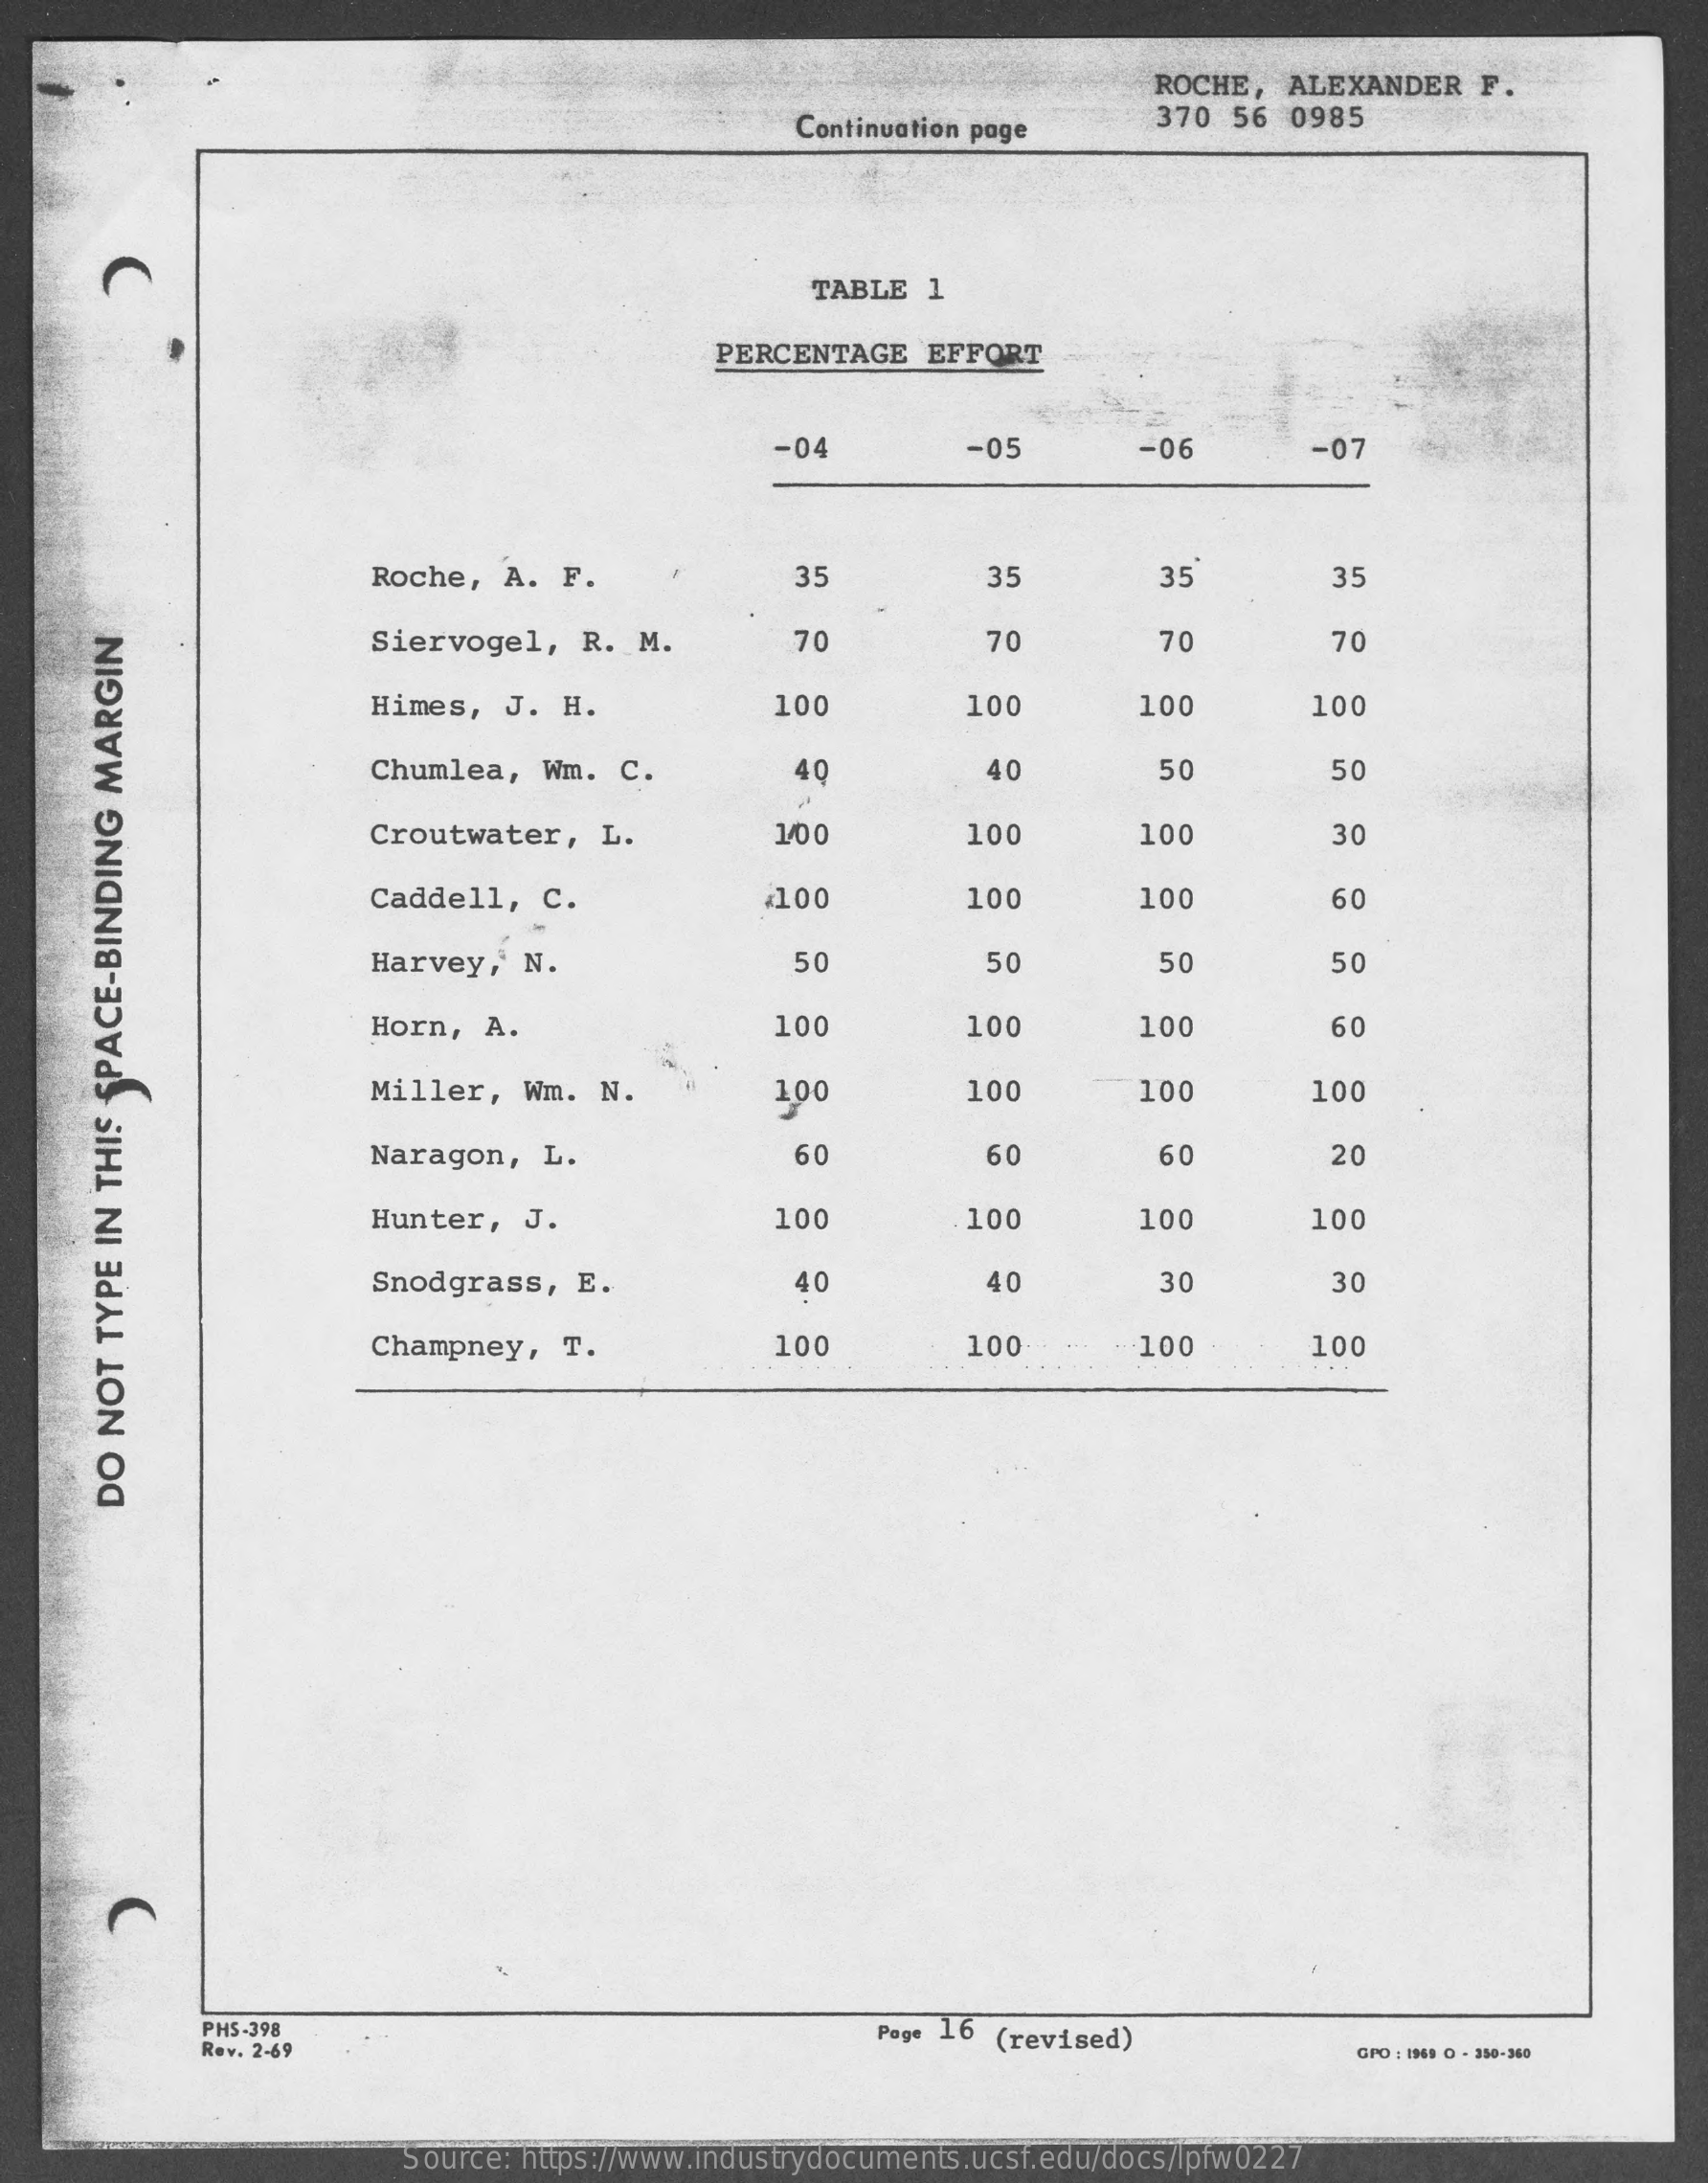
ROCHE,  ALEXANDER    F.
     Continuation page    370  56  0985
     TABLE  1
     PERCENTAGE    EFFORT
     -04    -05    -06    -07
     Roche,  A.  F.    35    35    35    35
     Siervogel,   R.  M.    70    70    70    70
     Himes,  J.  H.    100    100    100    100
     Chumlea,   Wm.  C.    40    40    50    50
     Croutwater,   L.    1/00    100    100    30
     Caddell,    c.    ៛ 100    100    100    60
     Harvey,  N.    50    50    50    50
     Horn,  A.    100    100    100    60
     Miller,  Wm.  N.    100    100    100    100
     Naragon,  L.    60    60    60    20
     Hunter,  J.    100    100    100    100
     Snodgrass,   E.    40    40    30    30
     Champney,   T.    100    100    .100    100
     ...
     DO
     NOT
     TYPE
     IN
     THIS
     SPACE-BINDING
     MARGIN
     PHS-398    Page 16 (revised)
     Rev. 2-69    GPO : 1961 0 - 350-340
     Source: https://www.industrydocuments.ucsf.edu/docs/lpfw0227